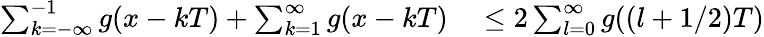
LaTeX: \begin{array}{rl}{\sum_{k=-\infty}^{-1}g(x-kT)+\sum_{k=1}^{\infty}g(x-kT)}&{{}\le 2\sum_{l=0}^{\infty}g((l+1/2)T)}\end{array}